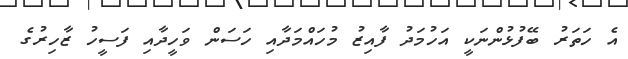
އެ ހަތަރު ބޭފުޅުންނަކީ އަހުމަދު ފާއިޒު މުހައްމަދާއި ހަސަން ވަހީދާއި ފަސީހު ޒާހިރުގެ